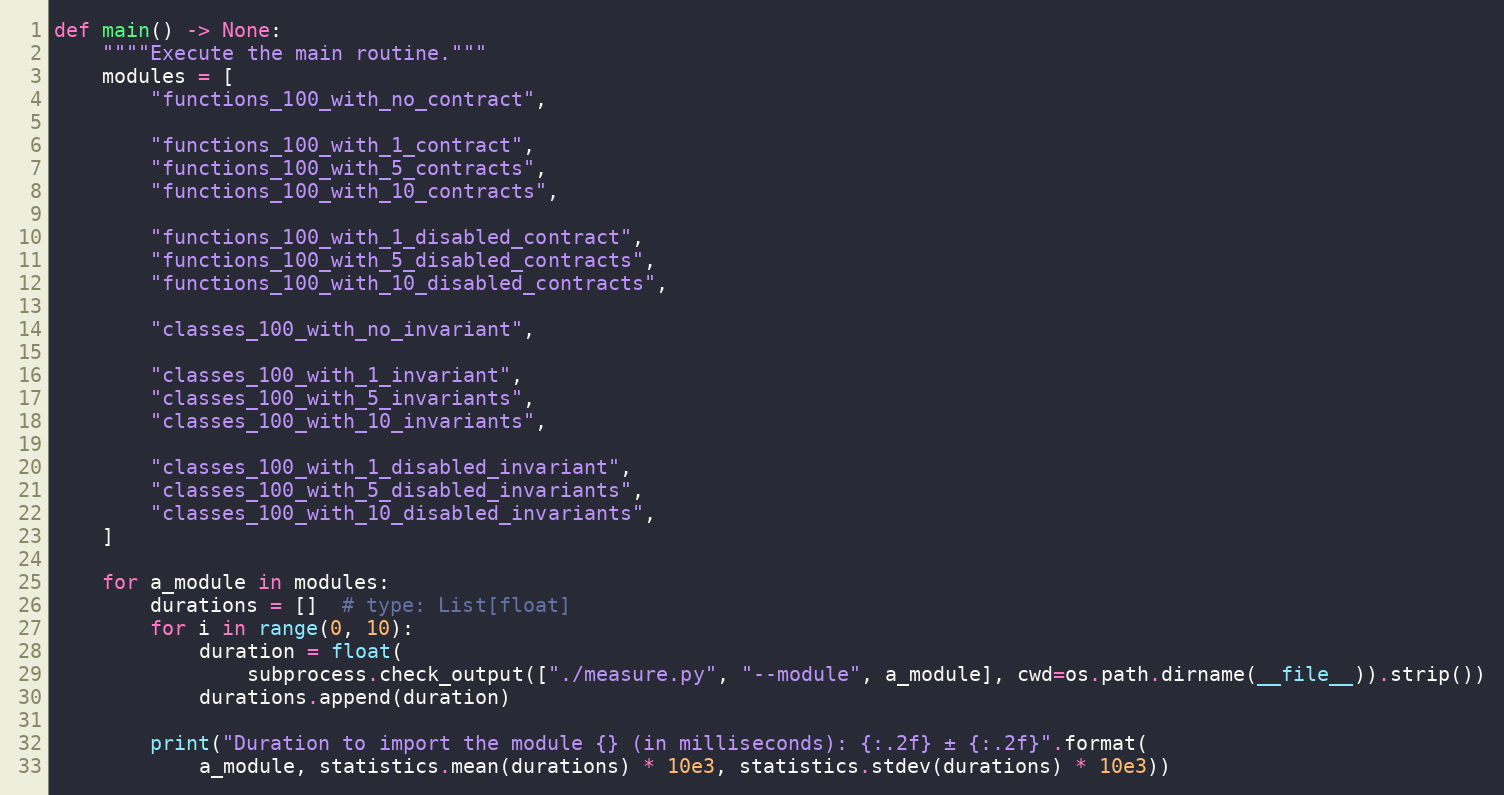
Language: Python
def main() -> None:
    """"Execute the main routine."""
    modules = [
        "functions_100_with_no_contract",

        "functions_100_with_1_contract",
        "functions_100_with_5_contracts",
        "functions_100_with_10_contracts",

        "functions_100_with_1_disabled_contract",
        "functions_100_with_5_disabled_contracts",
        "functions_100_with_10_disabled_contracts",

        "classes_100_with_no_invariant",

        "classes_100_with_1_invariant",
        "classes_100_with_5_invariants",
        "classes_100_with_10_invariants",

        "classes_100_with_1_disabled_invariant",
        "classes_100_with_5_disabled_invariants",
        "classes_100_with_10_disabled_invariants",
    ]

    for a_module in modules:
        durations = []  # type: List[float]
        for i in range(0, 10):
            duration = float(
                subprocess.check_output(["./measure.py", "--module", a_module], cwd=os.path.dirname(__file__)).strip())
            durations.append(duration)

        print("Duration to import the module {} (in milliseconds): {:.2f} ± {:.2f}".format(
            a_module, statistics.mean(durations) * 10e3, statistics.stdev(durations) * 10e3))